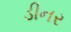
ડીનર